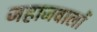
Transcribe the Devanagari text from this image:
जहाजवालों